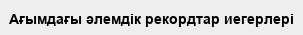
Ағымдағы әлемдік рекордтар иегерлері